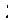
: